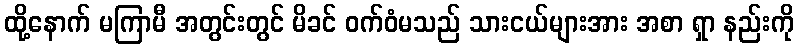
ထို့နောက် မကြာမီ အတွင်းတွင် မိခင် ဝက်ဝံမသည် သားငယ်များအား အစာ ရှာ နည်းကို